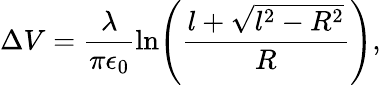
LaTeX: \Delta V=\frac{\lambda}{\pi\epsilon_{0}}\ln\! \left(\frac{l+\sqrt{l^{2}-R^{2}}}{R}\right),